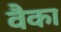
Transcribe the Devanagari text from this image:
वैका